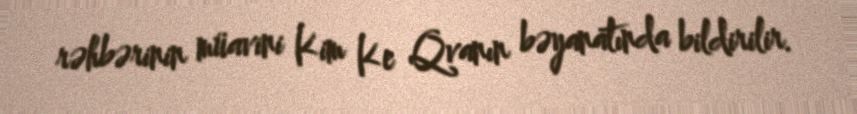
rəhbərinin müavini Kim Ke Qvanın bəyanatında bildirilir.